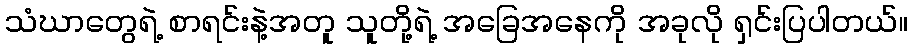
သံဃာတွေရဲ့ စာရင်းနဲ့အတူ သူတို့ရဲ့ အခြေအနေကို အခုလို ရှင်းပြပါတယ်။